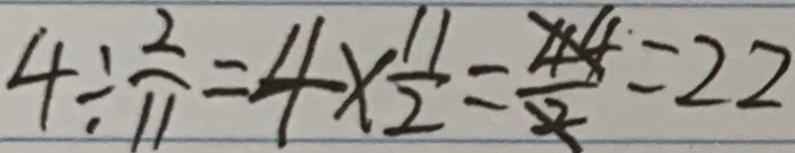
4 \div \frac { 2 } { 1 1 } = 4 \times \frac { 1 1 } { 2 } = \frac { 4 4 } { 2 } = 2 2